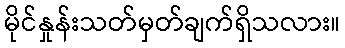
မိုင်နှုန်းသတ်မှတ်ချက်ရှိသလား။